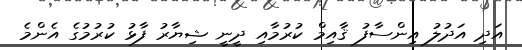
އަދި އަދުލު އިންސާފު ޤާއިމް ކުރުމާއި ދީނީ ޝިޔާރު ފާޅު ކުރުމުގެ އެންމެ